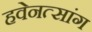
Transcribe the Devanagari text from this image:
हवेनत्सांग